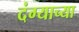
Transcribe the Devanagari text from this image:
दंग्याच्या